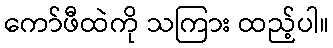
ကော်ဖီထဲကို သကြား ထည့်ပါ။